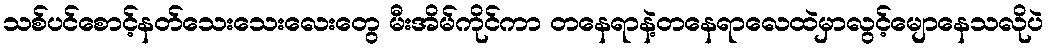
သစ်ပင်စောင့်နတ်သေးသေးလေးတွေ မီးအိမ်ကိုင်ကာ တနေရာနဲ့တနေရာလေထဲမှာလွင့်မျောနေသလိုပဲ